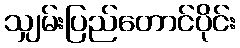
သျှမ်းပြည်တောင်ပိုင်း